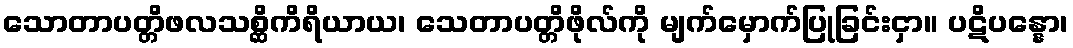
သောတာပတ္တိဖလသစ္ဆိကိရိယာယ၊ သေတာပတ္တိဖိုလ်ကို မျက်မှောက်ပြုခြင်းငှာ။ ပဋိပန္နော၊